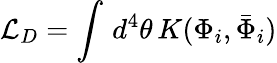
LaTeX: {\cal L}_{D}=\int\, d^{4}\theta\, K(\Phi_{i},\bar{\Phi}_{i})